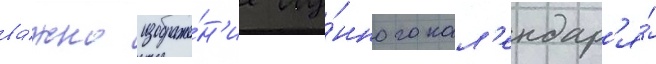
ва́жно изображе́н'ие лу́нного кал'ендар'я́